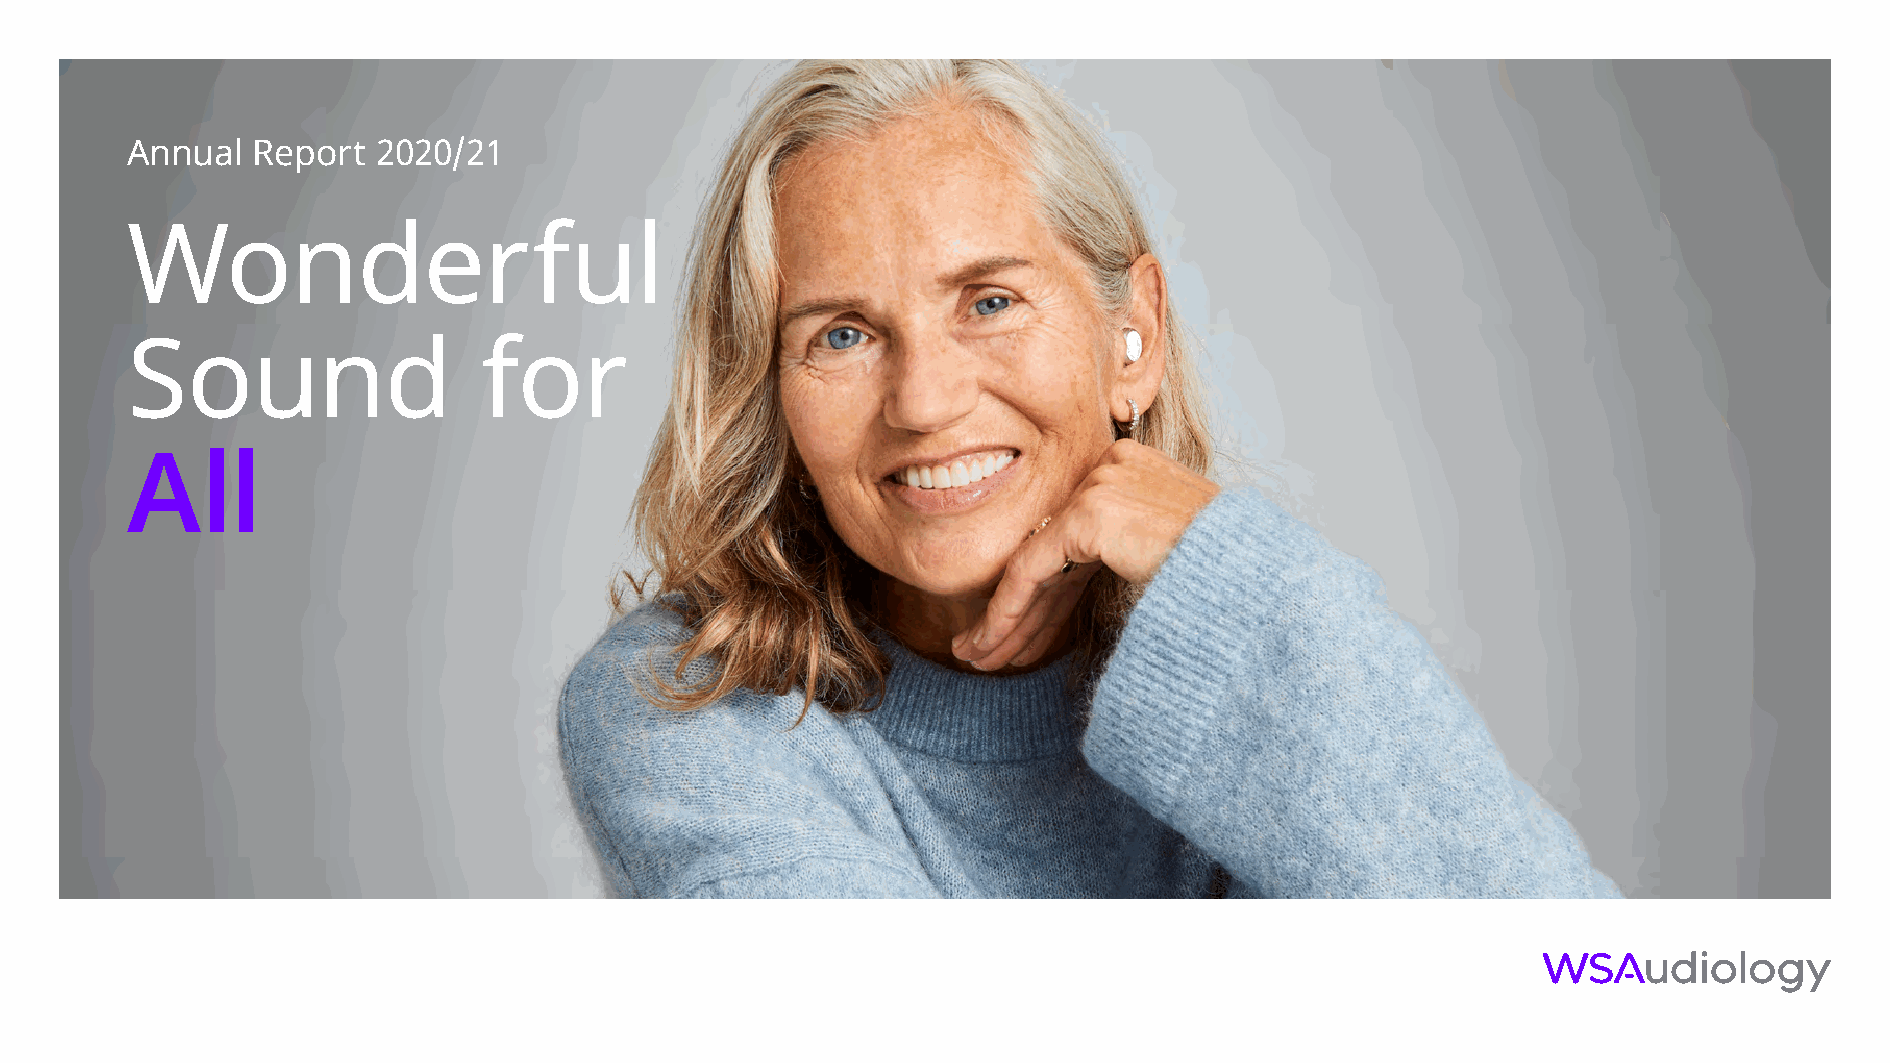
Annual   Report  2020/21
 Wonderful
 Sound                   for
 All